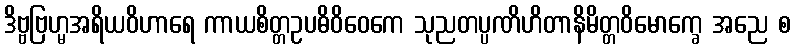
ဒိဗ္ဗဗြဟ္မအရိယဝိဟာရေ ကာယစိတ္တဥပဓိဝိဝေကေ သုညတပ္ပဏိဟိတာနိမိတ္တဝိမောက္ခေ အညေ စ